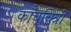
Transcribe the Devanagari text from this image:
काँचचित्रों